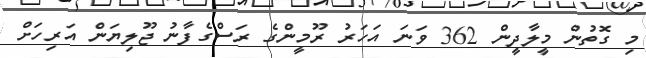
މި ގޮތުން މީލާދީން 362 ވަނަ އަހަރު ރޫމީންގެ ރަސްގެފާނު ޖޫލިޔަން އަރިހަށް